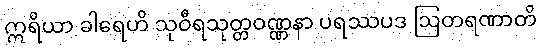
ဣရိယာ ခါရေဟိ သုဝီရသုတ္တဝဏ္ဏနာ ပရဿပဒ ဩတရဏာတိ